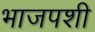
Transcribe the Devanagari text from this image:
भाजपशी